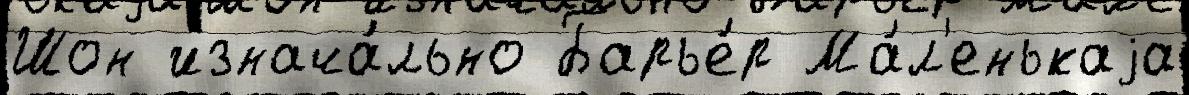
Шон изнача́льно Барье́р Ма́л'енькаjа